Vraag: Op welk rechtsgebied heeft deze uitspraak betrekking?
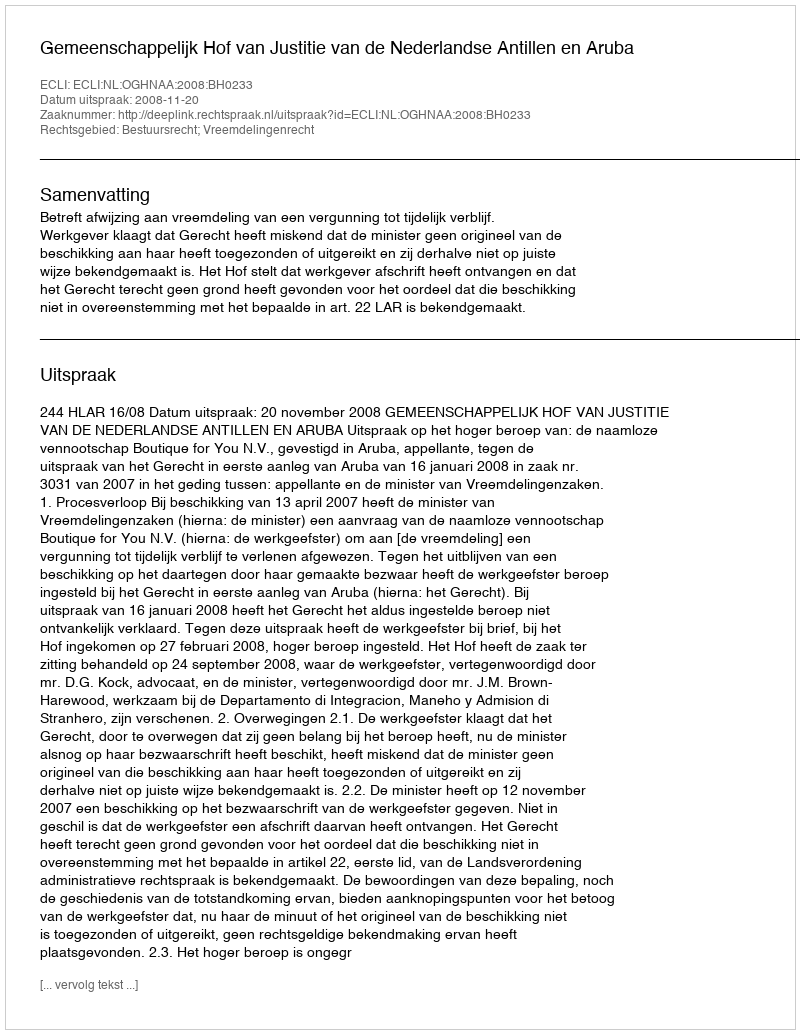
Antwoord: Bestuursrecht; Vreemdelingenrecht